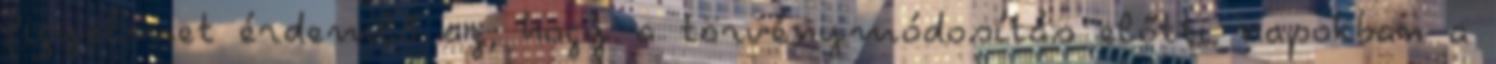
figyelmet érdemlő az, hogy a törvénymódosítás előtti napokban a